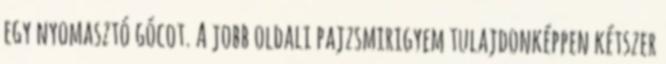
egy nyomasztó gócot. A jobb oldali pajzsmirigyem tulajdonképpen kétszer